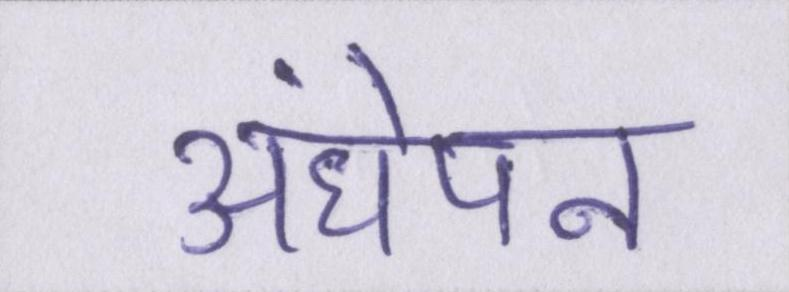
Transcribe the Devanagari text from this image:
अंधेपन